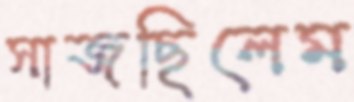
সাজছিলেম